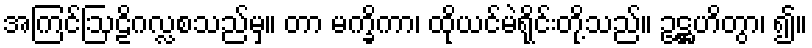
အကြင်ဩဠိဂလ္လစသည်မှ။ တာ မက္ခိကာ၊ ထိုယင်မဲရိုင်းတို့သည်။ ဥဋ္ဌဟိတွာ၊ ၍။